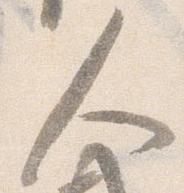
人